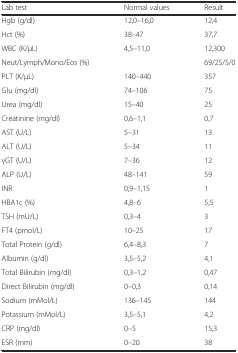
<table><thead><tr><td><b>Lab test</b></td><td><b>Normal values</b></td><td><b>Result</b></td></tr></thead><tbody><tr><td>Hgb (g/dl)</td><td>12,0–16,0</td><td>12,4</td></tr><tr><td>Hct (%)</td><td>38–47</td><td>37,7</td></tr><tr><td>WBC (K/μL)</td><td>4,5–11,0</td><td>12,300</td></tr><tr><td>Neut/Lymph/Mono/Eos (%)</td><td></td><td>69/25/5/0</td></tr><tr><td>PLT (K/μL)</td><td>140–440</td><td>357</td></tr><tr><td>Glu (mg/dl)</td><td>74–106</td><td>75</td></tr><tr><td>Urea (mg/dl)</td><td>15–40</td><td>25</td></tr><tr><td>Creatinine (mg/dl)</td><td>0,6–1,1</td><td>0,7</td></tr><tr><td>AST (U/L)</td><td>5–31</td><td>13</td></tr><tr><td>ALT (U/L)</td><td>5–34</td><td>11</td></tr><tr><td>γGT (U/L)</td><td>7–36</td><td>12</td></tr><tr><td>ALP (U/L)</td><td>48–141</td><td>59</td></tr><tr><td>INR</td><td>0,9–1,15</td><td>1</td></tr><tr><td>HBA1c (%)</td><td>4,8–6</td><td>5,5</td></tr><tr><td>TSH (mU/L)</td><td>0,3–4</td><td>3</td></tr><tr><td>FT4 (pmol/L)</td><td>10–25</td><td>17</td></tr><tr><td>Total Protein (g/dl)</td><td>6,4–8,3</td><td>7</td></tr><tr><td>Albumin (g/dl)</td><td>3,5–5,2</td><td>4,1</td></tr><tr><td>Total Bilirubin (mg/dl)</td><td>0,3–1,2</td><td>0,47</td></tr><tr><td>Direct Bilirubin (mg/dl)</td><td>0–0,3</td><td>0,14</td></tr><tr><td>Sodium (mMol/L)</td><td>136–145</td><td>144</td></tr><tr><td>Potassium (mMol/L)</td><td>3,5–5,1</td><td>4,2</td></tr><tr><td>CRP (mg/dl)</td><td>0–5</td><td>15,3</td></tr><tr><td>ESR (mm)</td><td>0–20</td><td>38</td></tr></tbody></table>